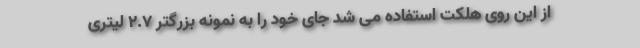
از این روی هلکت استفاده می شد جای خود را به نمونه بزرگتر 2.7 لیتری